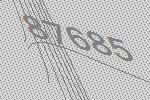
87685